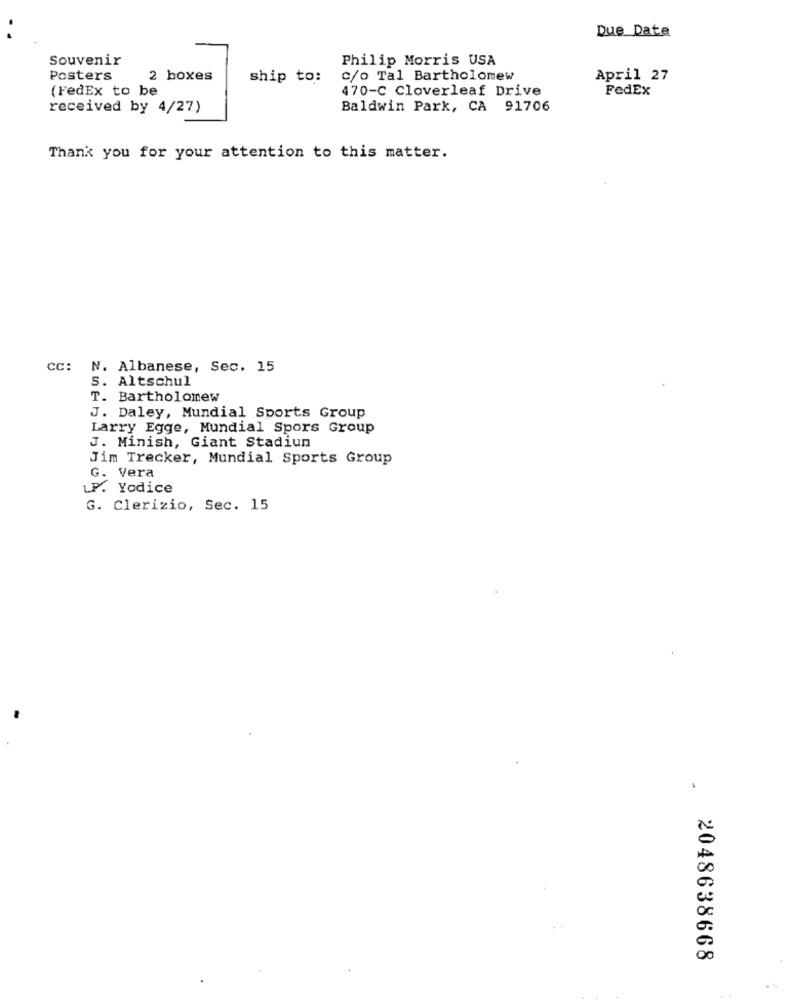
Due Date
Souvenir
Philip Morris USA
Posters
2 boxes
ship to:
c/o Tal Bartholomew
April 27
(FedEx to be
470-C Cloverleaf Drive
FedEX
received by 4/27)
Baldwin Park, CA 91706
Thank you for your attention to this matter.
CC: N. Albanese, Sec. 15
S. Altschul
T. Bartholomew
J. Daley, Mundial Sports Group
Larry Egge, Mundial Spors Group
J. Minish, Giant Stadiun
Jim Trecker, Mundial Sports Group
G. Vera
LP. Yodice
G. Clerizio, Sec. 15
2048638668